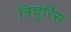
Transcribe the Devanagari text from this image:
त्रिचुरिस